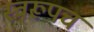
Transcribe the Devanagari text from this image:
स्वरूपच